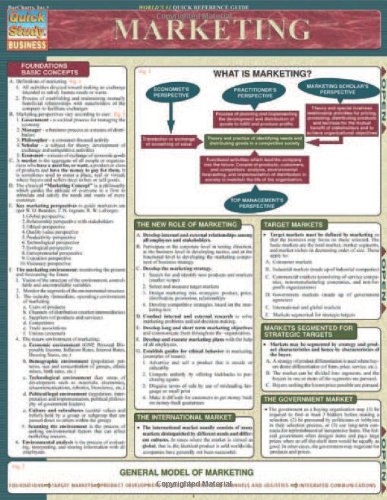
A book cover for Marketing (Quickstudy: Business); Inc. BarCharts; Business & Money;